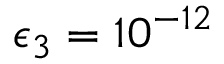
\epsilon _ { 3 } = 1 0 ^ { - 1 2 }